Annual report of the Punjab Veterinary College and of the Civil Veterinary Department, Punjab - 1909-1919
Year: 1909
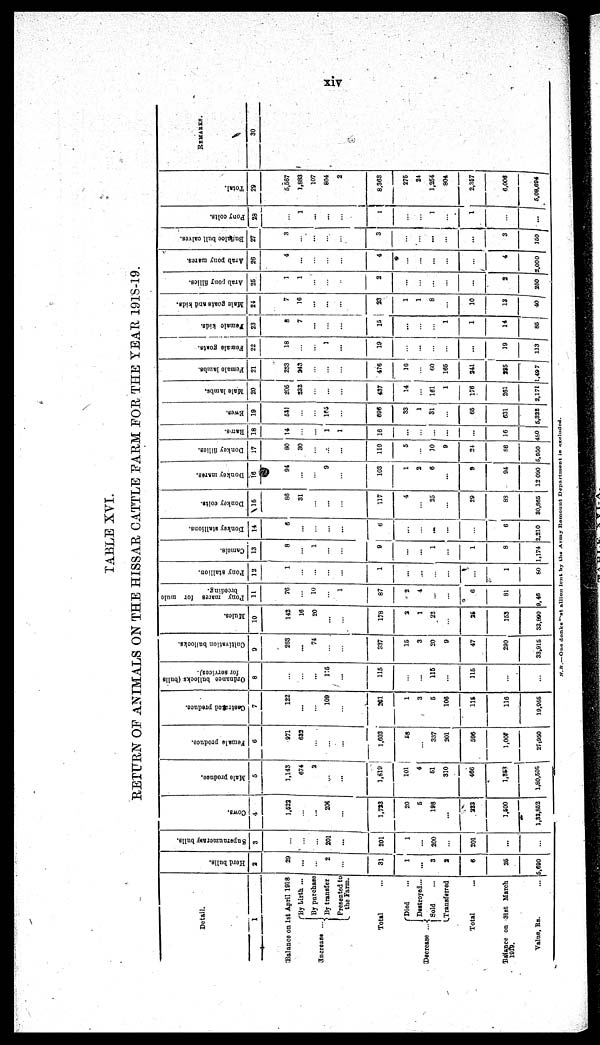
xiv
TABLE XVI.
RETURN OF ANIMALS ON THE HISSAR CATTLE FARM FOR THE YEAR 1918-19.
Detail.
1
Balance on 1st April 1918
Increase ...
By birth ...
By purchase
By transfer
Presented to
the Farm.
Total ...
Decrease ...
Died ...
Destroyed...
Sold ...
Transferred
Total ...
Balance on 31st March
1919.
Value, Rs. ...
Herd bulls.
2
29
...
...
2
...
31
1
...
3
2
6
25
5,690
Supernumerary bulls.
3
...
...
...
201
...
201
1
...
200
...
201
...
...
Cows.
4
1,522
...
...
201
...
1,723
20
5
198
...
223
1,500
1,32,852
Male produce.
5
1,143
674
2
...
...
1,819
101
4
51
310
466
1,563
1,80,605
Female produce.
6
971
632
...
...
...
1,603
58
...
337
201
596
1,000
27,950
Castrated produce.
7
122
...
...
109
...
261
1
3
5
106
115
116
19,955
Ordnance bullocks (bulls
for services).
8
...
...
...
115
...
115
...
...
115
...
115
...
...
Cultivation bullocks.
9
263
...
74
...
...
337
15
3
20
9
47
290
33,915
Mules.
10
142
16
20
...
...
178
2
1
22
...
26
153
33,890
Pony mares for mule
breeding.
11
76
...
10
...
1
87
2
4
...
...
6
81
9,46
Pony stallion.
12
1
...
...
...
...
1
...
...
...
...
...
1
80
Camels.
13
8
...
1
...
...
9
...
...
1
...
1
8
1,174
Donkey stallions.
14
6
...
...
...
...
6
...
...
...
...
...
6
2,210
Donkey colts.
15
86
31
...
...
...
117
4
...
25
...
29
83
30,865
Donkey mares.
16
94
...
...
9
...
103
1
2
6
...
9
94
12 090
Donkey fillies.
17
80
30
...
...
...
110
5
...
10
9
21
26
5,950
Rams.
18
14
...
...
1
1
16
...
...
...
...
...
16
150
Ewes.
19
581
...
...
165
...
696
33
1
31
...
65
631
5,322
Male lambs.
20
205
232
...
...
...
437
14
...
161
1
176
261
2,171
Female lambs.
21
233
243
...
...
...
476
16
...
60
165
241
225
1,49 7
Female goats.
22
18
...
...
1
...
19
...
...
...
...
...
19
113
Female kids.
23
8
7
...
...
...
15
...
...
...
1
1
14
85
Male goats and kids.
24 7
16
...
...
...
23
1
1
8
...
10
2
40
Arab pony fillies.
25
1
1
...
...
...
2
...
...
...
...
...
2
250
Arab
pony mares.
26
4
...
...
...
...
4
...
...
...
...
...
4
2,000
Buffaloe
bull calves.
27
3
...
...
...
...
3
...
...
...
...
...
3
150
Pony colts.
23
...
1
...
...
...
1
...
...
1
...
1
...
. . .
Total.
29
5,567
1,883
107
804
2
8,363
275
24
1,254
804
2,367
6,006
5,08,694
REMARKS.
30
N.B.—One donkey stallion lent by the Army Remount Department is excluded.